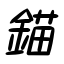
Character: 錨